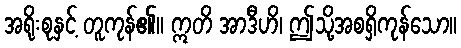
အရိုးစုနှင့် တူကုန်၏။ ဣတိ အာဒီဟိ၊ ဤသို့အစရှိကုန်သော။